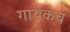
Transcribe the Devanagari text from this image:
गायकच